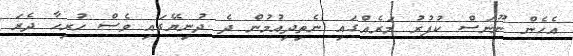
އެހެން ނޫނަސް ކުފުރު މަރެއްގައި ނެތިދިއުމުން ދެ ދުނިޔޭގައި ވެސް ހުރިހާ ދެރަ